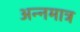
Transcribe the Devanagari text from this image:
अन्नमात्र